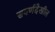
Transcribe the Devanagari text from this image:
सवर्णदेखील